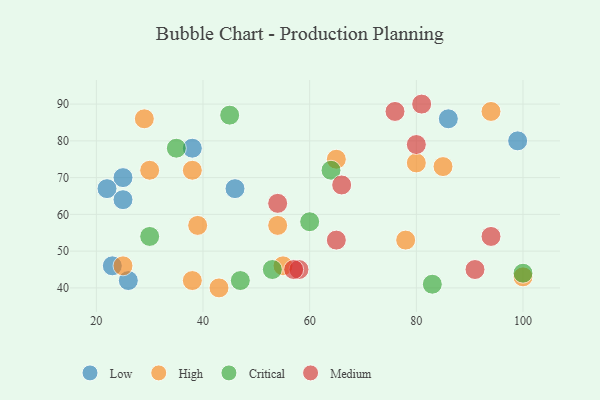
{"axis": {"x": "GDP", "y": "Life Expectancy"}, "legend": ["Critical", "High", "Low", "Medium"], "data": [{"x": "38", "y": 78, "type": "Low"}, {"x": "25", "y": 70, "type": "Low"}, {"x": "23", "y": 46, "type": "Low"}, {"x": "46", "y": 67, "type": "Low"}, {"x": "26", "y": 42, "type": "Low"}, {"x": "86", "y": 86, "type": "Low"}, {"x": "99", "y": 80, "type": "Low"}, {"x": "22", "y": 67, "type": "Low"}, {"x": "25", "y": 64, "type": "Low"}, {"x": "55", "y": 46, "type": "High"}, {"x": "43", "y": 40, "type": "High"}, {"x": "30", "y": 72, "type": "High"}, {"x": "100", "y": 43, "type": "High"}, {"x": "25", "y": 46, "type": "High"}, {"x": "80", "y": 74, "type": "High"}, {"x": "94", "y": 88, "type": "High"}, {"x": "39", "y": 57, "type": "High"}, {"x": "38", "y": 72, "type": "High"}, {"x": "29", "y": 86, "type": "High"}, {"x": "78", "y": 53, "type": "High"}, {"x": "54", "y": 57, "type": "High"}, {"x": "65", "y": 75, "type": "High"}, {"x": "85", "y": 73, "type": "High"}, {"x": "38", "y": 42, "type": "High"}, {"x": "35", "y": 78, "type": "Critical"}, {"x": "47", "y": 42, "type": "Critical"}, {"x": "100", "y": 44, "type": "Critical"}, {"x": "83", "y": 41, "type": "Critical"}, {"x": "45", "y": 87, "type": "Critical"}, {"x": "60", "y": 58, "type": "Critical"}, {"x": "53", "y": 45, "type": "Critical"}, {"x": "30", "y": 54, "type": "Critical"}, {"x": "64", "y": 72, "type": "Critical"}, {"x": "76", "y": 88, "type": "Medium"}, {"x": "66", "y": 68, "type": "Medium"}, {"x": "65", "y": 53, "type": "Medium"}, {"x": "81", "y": 90, "type": "Medium"}, {"x": "54", "y": 63, "type": "Medium"}, {"x": "94", "y": 54, "type": "Medium"}, {"x": "91", "y": 45, "type": "Medium"}, {"x": "80", "y": 79, "type": "Medium"}, {"x": "58", "y": 45, "type": "Medium"}, {"x": "57", "y": 45, "type": "Medium"}]}